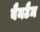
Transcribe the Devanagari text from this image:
बैनटैम